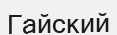
Гайский